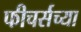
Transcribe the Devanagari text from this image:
फीचर्सच्या